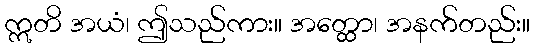
ဣတိ အယံ၊ ဤသည်ကား။ အတ္ထော၊ အနက်တည်း။